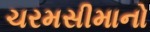
ચરમસીમાનો